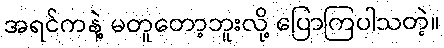
အရင်ကနဲ့ မတူတော့ဘူးလို့ ပြောကြပါသတဲ့။